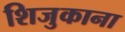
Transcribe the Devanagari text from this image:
शिजुकाना